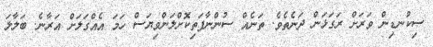
ސިކުނޑިން ވަރަށް ރަގަޅަން ދަނެތެވެ. ތަނެއް ސުންނާފަތިކޮށްލަންވިޔަސް ހަމަ އެއްގަލަށް އަރާނެ. ބަލާލަ